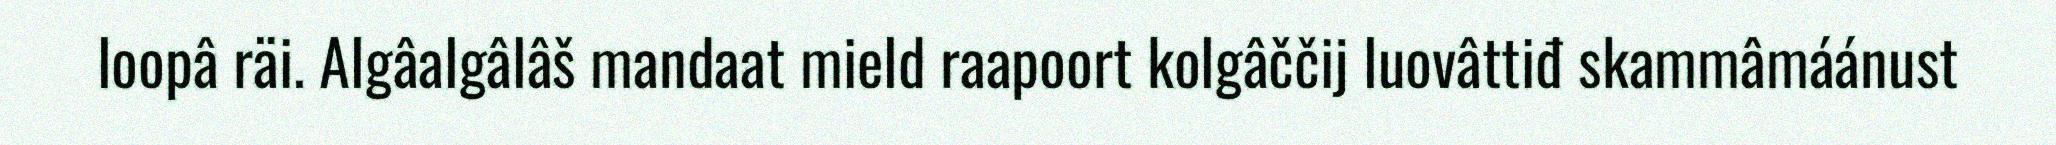
loopâ räi. Algâalgâlâš mandaat mield raapoort kolgâččij luovâttiđ skammâmáánust